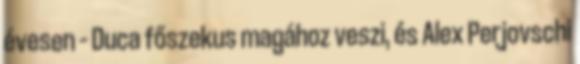
évesen – Duca főszekus magához veszi, és Alex Perjovschi